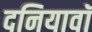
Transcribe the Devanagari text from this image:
दनियावॉ